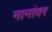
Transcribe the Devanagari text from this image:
नानांवर